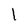
Character: 1